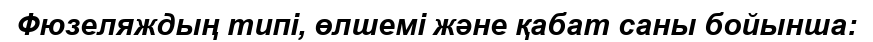
Фюзеляждың типі, өлшемі және қабат саны бойынша: